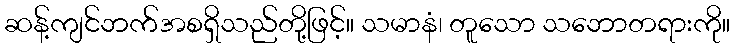
ဆန့်ကျင်ဘက်အစရှိသည်တို့ဖြင့်။ သမာနံ၊ တူသော သဘောတရားကို။